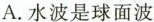
A. 水波是球面波